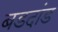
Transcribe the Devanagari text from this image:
बडदांड